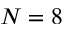
N = 8